Report of the Municipal Commissioner on the plague in Bombay for the year ending 31st May... - Volume 2
Disease focus: Plague
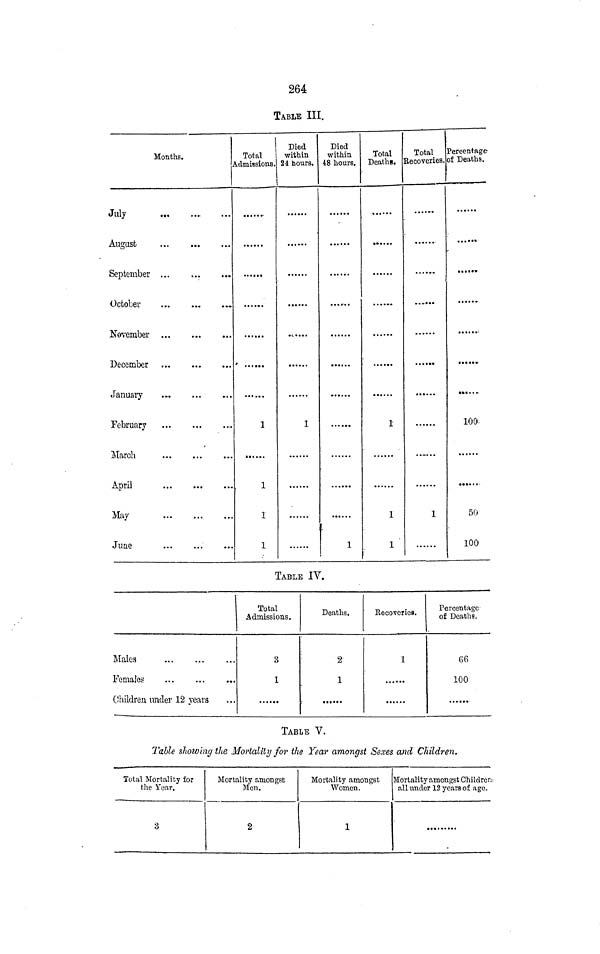
264
TABLE III.
Months.
July
August
September
October
November ...
December
January
February
March
April
May
...
June
Total
Admissions.
t
1
1
1
1
Died
within
24 hours.
i
1
Died
within
48 hours.
1
Total
Deaths.
1
1
1
Total
Recoveries.
I
Percentage
of Deaths.
100.
50
100
TABLE IV.
Males
Females
Children under 12 years
Total
Admissions.
3
1
Deaths.
2
1
Recoveries.
1
Percentage-
of Deaths.
66
100
TABLE V.
Table showing the Mortality for the Year amongst Sexes and Children.
Total Mortality for
the Year.
3
Mortality amongst
Men.
2
Mortality amongst
Women.
1
Mortality amongst Children
all under 12 years of age.